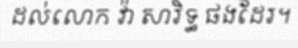
ដល់លោក វ៉ា សារិទ្ធ ផងដែរ។